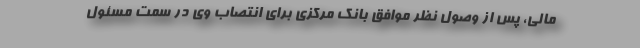
مالی، پس از وصول نظر موافق بانک مرکزی برای انتصاب وی در سمت مسئول